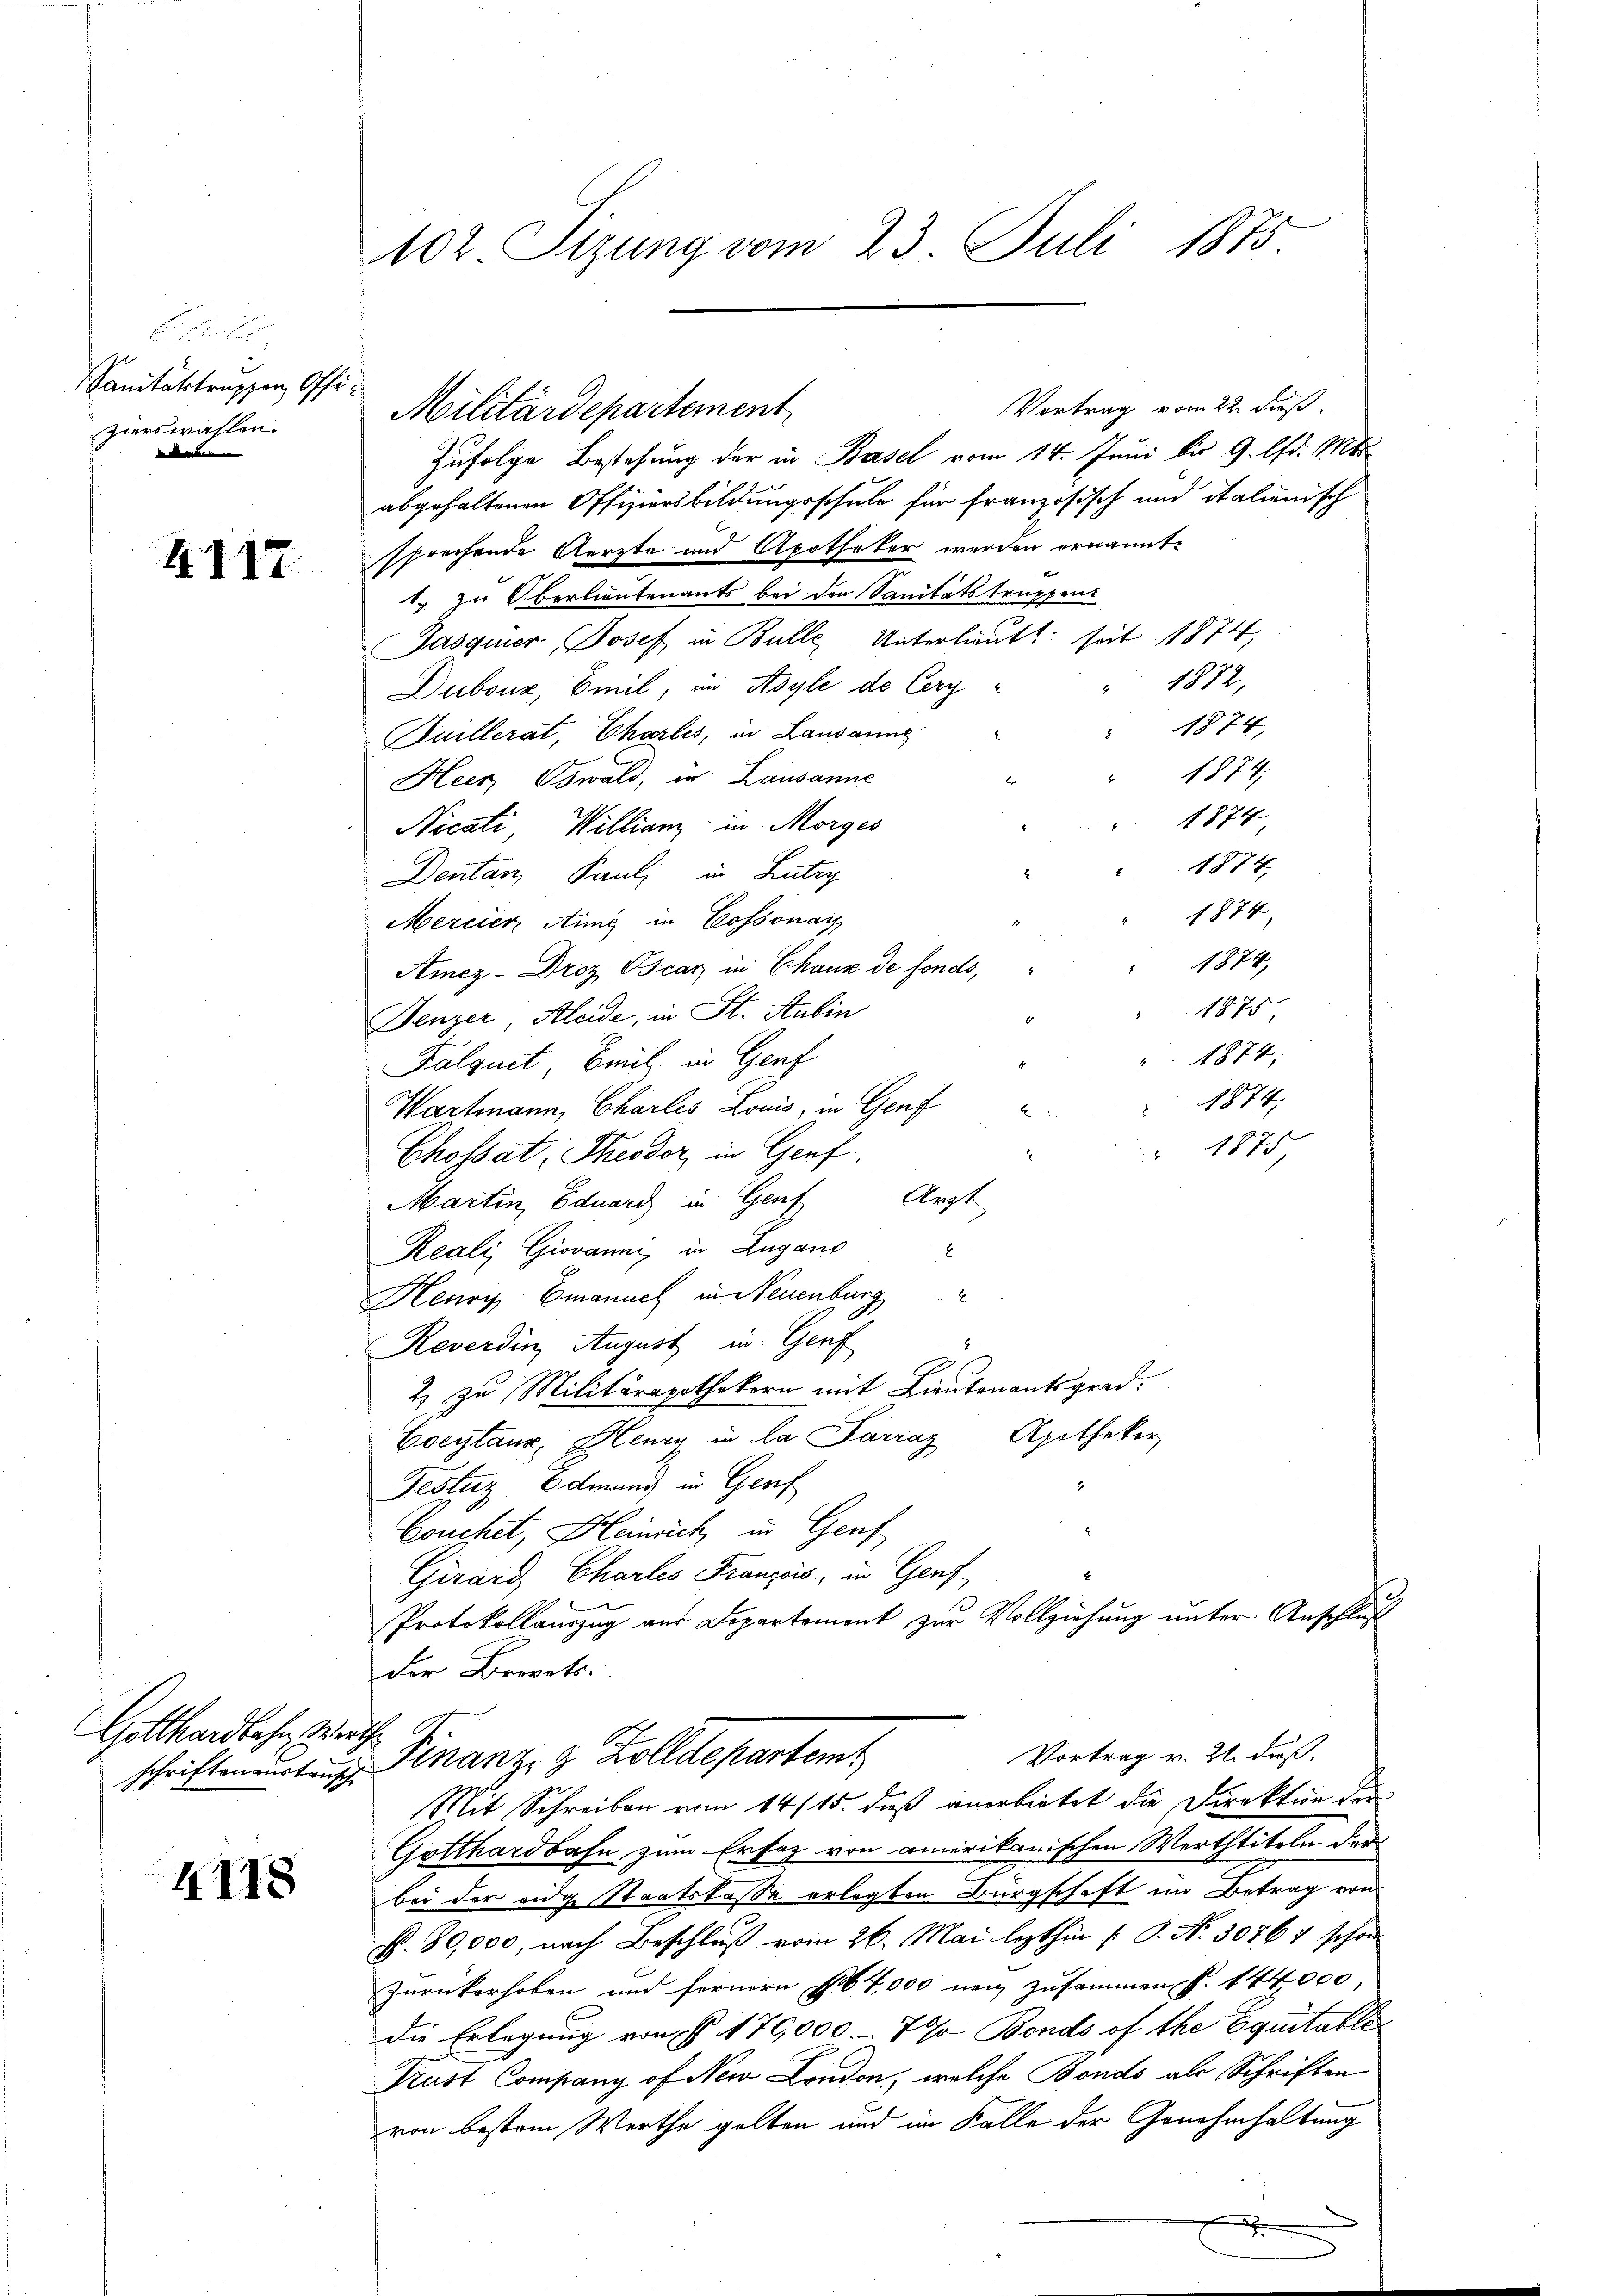
Sanitartruppen Offizierswahlen.
in den

4117

102. Sizung vom 23. Juli 1875

Militärdepartement
Zufolge Bestehung der in Basel vom 14. Juni bis 9. lfd. Mts.
abgehaltenen Offiziersbildungsschule für französisch und italienisch
sfreihende Aerzte und Apotheker werden ernannt.
1. zu Oberlieutenants bei den Sanitätstruppent
Jasquier Josef in Bulle Unterlieutt seit 1874,
" 1872,
Dubour, Emil, im Asyle de Cery¬
 1874,
Juillerat, Charles, in Lausanne
1874,
Heer Oswald, in Lausanne
1874,
Nicati, Willianz in Morges
1874
Dentan, Paul in Lutry
1874,
Mercier Aing in Cossonach
1874,
Amez-Droz. Oscar in Chaux de fonds,
Denzer, Kleide, in St. Aubin
Falquit, Bruch in Genf
Wartmann, Charles Louis, in Genf
Chossat, Theodor in Genf
Martin, Eduard in Genf Arzt
Reali, Giovanne, in Lugano
Henry Emanuel in Neuenburg
8
Reverdin August in Genf
2) zu Militärapothekern mit Lieutenantsgrad.
Coeytaur, Henry in la Parraz, Apotheker,
Festurz Edmann in Genf
.
Couchet, Heinrich, in Genf
Girard Charles Franzois in Gerf
Protokollauszug aus Departement zur Vollziehung unter Anschluß
der Brevets.
Gotthardbahn, Wert
Vortrag v. 21. Freß.
schriften anstanz Finanz, 9 Zolldepartem
Mit Schreiben vom 14/15. daß anerbietet die Direktion der
Gotthardbahn, zum Erfaz von amerikanischen Werthtiteln der
4118
bei der eidge Staatskasse erlegten Bürgschaft im Betrag von
p. 80,000, nach Beschluß vom 26. Mai lezthin (: P. Nr. 30767 schon
Zurückerhoben und fernern sol 4,000 neu zusammen S. 144000
die Erlegung von §. 170,000.- 70 Bends of the Equitable
Prust Company of New London, welche Bonds als Schriften
von bestem Werthe gelten und im Falle der Genehmhaltung
x

Vortrag vom 22. Fuß.

1875
1874.
1874;

87